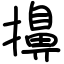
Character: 擤